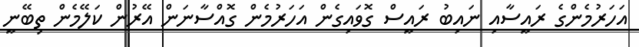
އަހަރުމެންގެ ރައީސާއި ނައިބު ރައީސް ގޮވައިގެން އަހަރުމެން ގޮއްސާނަން އޭރުން ކަލޭމެން ތިބޭނީ